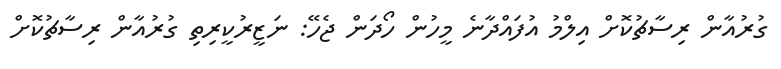
ގުރުއާން ރިސާޗުކޮށް އިލްމު އުފައްދާނެ މީހުން ހޯދަން ޖެހޭ: ނަޒީރުކީރިތި ގުރުއާން ރިސާޗުކޮށް